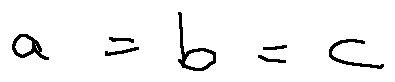
a = b = c